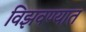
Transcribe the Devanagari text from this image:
विझवण्यात